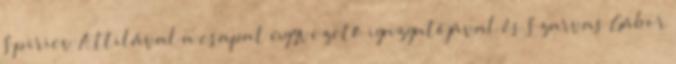
Spiriev Attilával a csapat ügyvezető igazgatójával és Szarvas Gábor